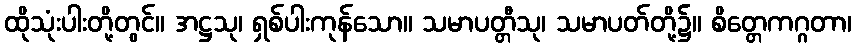
ထိုသုံးပါးတို့တွင်။ အဋ္ဌသု၊ ရှစ်ပါးကုန်သော။ သမာပတ္တီသု၊ သမာပတ်တို့၌။ စိတ္တေကဂ္ဂတာ၊